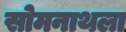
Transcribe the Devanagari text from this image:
सोमनाथला